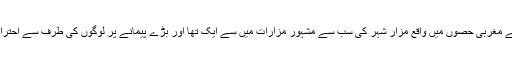
غزنی شہر کے مغربی حصوں میں واقع مزار شہر کی سب سے مشہور مزارات میں سے ایک تھا اور بڑے پیمانے پر لوگوں کی طرف سے احترام کیا جاتا تھا۔